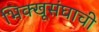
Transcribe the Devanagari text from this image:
भिक्खूसंघाची